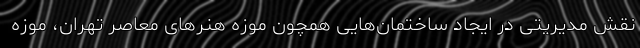
نقش مدیریتی در ایجاد ساختمان‌هایی همچون موزه هنرهای معاصر تهران، موزه